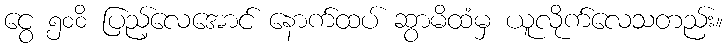
ငွေ ၅၀၀ိ ပြည့်လေအောင် နောက်ထပ် ဆွာမိထံမှ ယူလိုက်လေသတည်း။